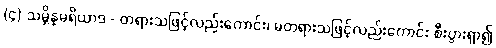
(၄) သမ္ဘိန္နမရိယာဒ - တရားသဖြင့်လည်းကောင်း၊ မတရားသဖြင့်လည်းကောင်း စီးပွားရှာ၍